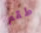
طقم